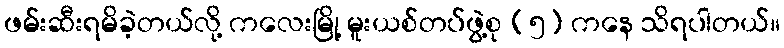
ဖမ်းဆီးရမိခဲ့တယ်လို့ ကလေးမြို့ မူးယစ်တပ်ဖွဲ့စု (၅) ကနေ သိရပါတယ်။